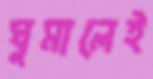
ঘুমালেই